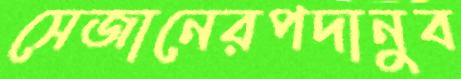
সেজানেরপদানুব